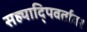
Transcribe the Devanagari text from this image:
सह्यादि्पवर्तावर